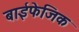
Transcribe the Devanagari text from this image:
बाईफेजिक